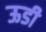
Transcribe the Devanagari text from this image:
ऊडी